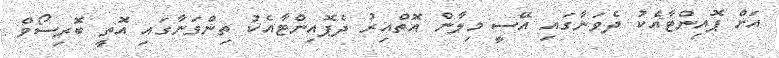
އަށް ޕޮއިންޓާއެކު ދެވަނާގައި އޭސީ މިލާން އޮތްއިރު ދެޕޮއިންޓާއެކު ތިންވަނާގައި އޮތީ ބޮރިސޯވް